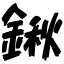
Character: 鍬